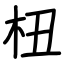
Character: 杻